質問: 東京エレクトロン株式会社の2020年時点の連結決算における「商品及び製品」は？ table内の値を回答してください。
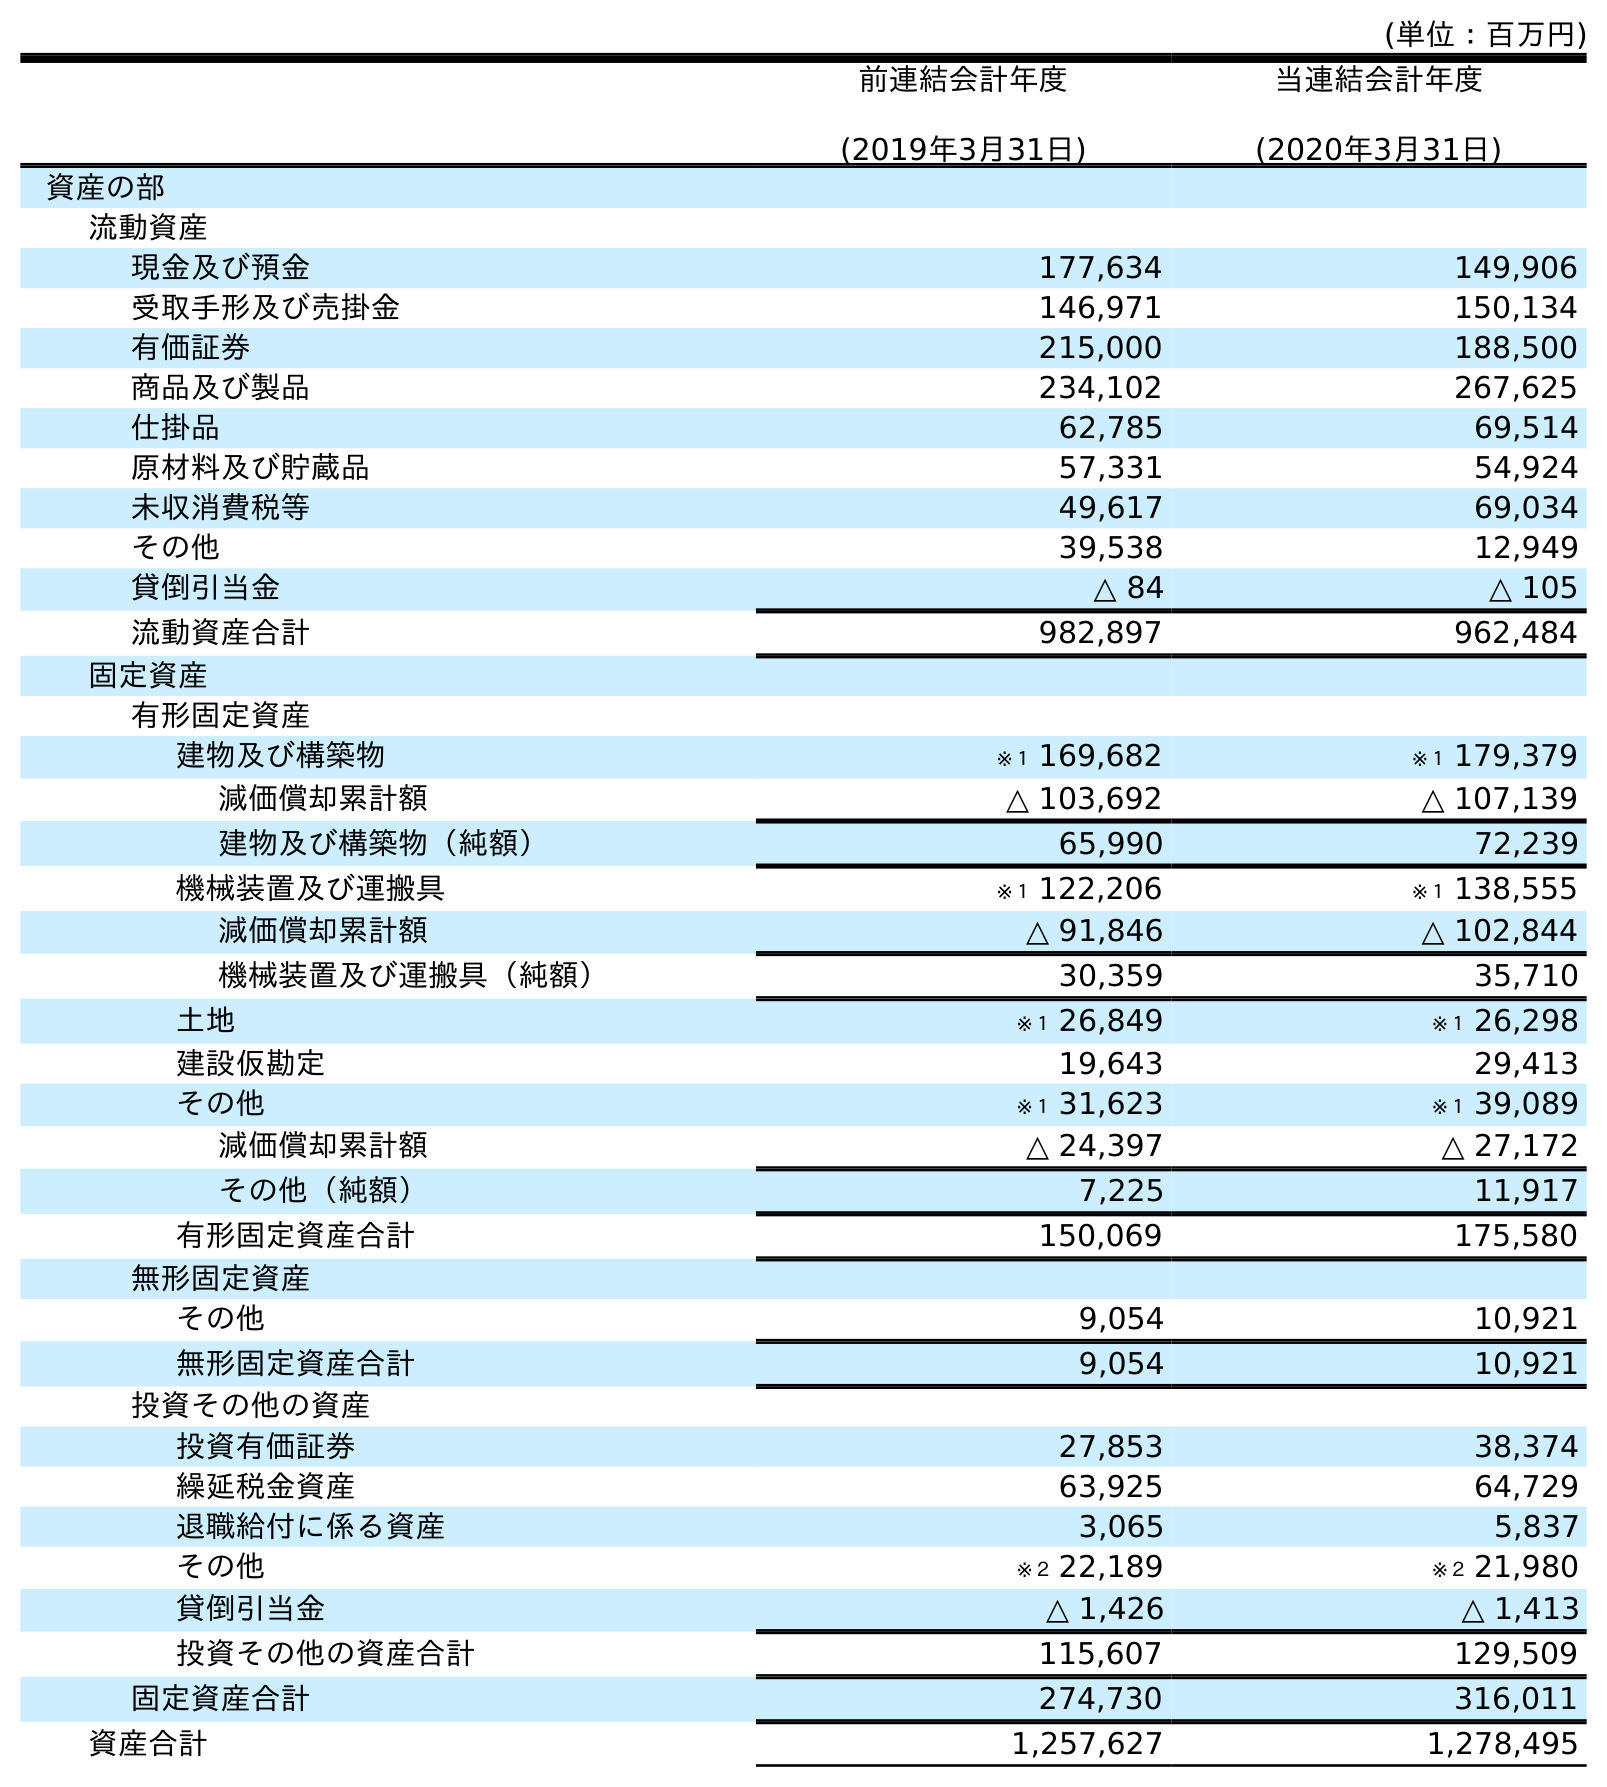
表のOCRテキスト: (単位：百万円) 前連結会計年度 (2019年3月31日) 当連結会計年度 (2020年3月31日) 資産の部 流動資産 現金及び預金 177,634 149,906 受取手形及び売掛金 146,971 150,134 有価証券 215,000 188,500 商品及び製品 234,102 267,625 仕掛品 62,785 69,514 原材料及び貯蔵品 57,331 54,924 未収消費税等 49,617 69,034 その他 39,538 12,949 貸倒引当金 △ 84 △ 105 流動資産合計 982,897 962,484 固定資産 有形固定資産 建物及び構築物 ※１ 169,682 ※１ 179,379 減価償却累計額 △ 103,692 △ 107,139 建物及び構築物（純額） 65,990 72,239 機械装置及び運搬具 ※１ 122,206 ※１ 138,555 減価償却累計額 △ 91,846 △ 102,844 機械装置及び運搬具（純額） 30,359 35,710 土地 ※１ 26,849 ※１ 26,298 建設仮勘定 19,643 29,413 その他 ※１ 31,623 ※１ 39,089 減価償却累計額 △ 24,397 △ 27,172 その他（純額） 7,225 11,917 有形固定資産合計 150,069 175,580 無形固定資産 その他 9,054 10,921 無形固定資産合計 9,054 10,921 投資その他の資産 投資有価証券 27,853 38,374 繰延税金資産 63,925 64,729 退職給付に係る資産 3,065 5,837 その他 ※２ 22,189 ※２ 21,980 貸倒引当金 △ 1,426 △ 1,413 投資その他の資産合計 115,607 129,509 固定資産合計 274,730 316,011 資産合計 1,257,627 1,278,495
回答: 267,625